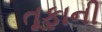
તૂફાની